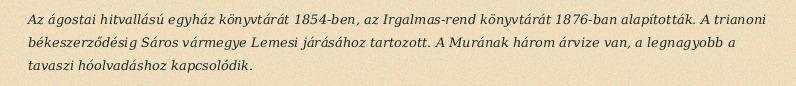
Az ágostai hitvallású egyház könyvtárát 1854-ben, az Irgalmas-rend könyvtárát 1876-ban alapították. A trianoni békeszerződésig Sáros vármegye Lemesi járásához tartozott. A Murának három árvize van, a legnagyobb a tavaszi hóolvadáshoz kapcsolódik.